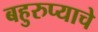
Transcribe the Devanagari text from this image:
बहुरुप्याचे